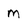
Character: m